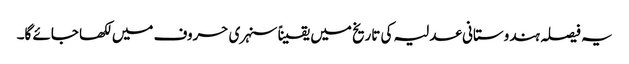
یہ فیصلہ ہندوستانی عدلیہ کی تاریخ میں یقیناً سنہری حروف میں لکھا جائے گا۔